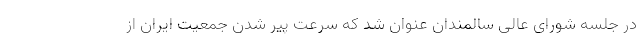
در جلسه شورای عالی سالمندان عنوان شد که سرعت پیر شدن جمعیت ایران از